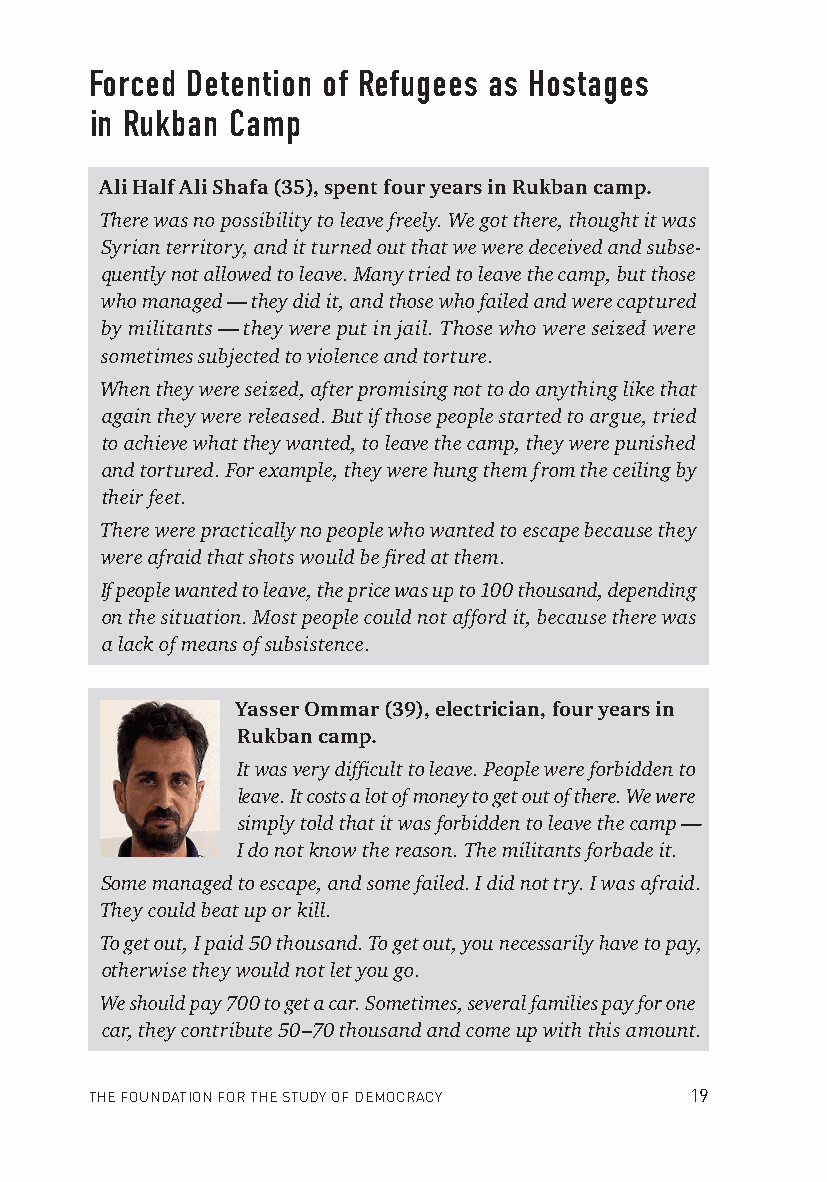
Forced Detention of Refugees as Hostages
 in Rukban Camp
 Ali Half Ali Shafa (35), spent four years in Rukban camp.
 There was no possibility to leave freely. We got there, thought it was
 Syrian territory, and it turned out that we were deceived and subse-
 quently not allowed to leave. Many tried to leave the camp, but those
 who managed — they did it, and those who failed and were captured
 by militants — they were put in jail. Those who were seized were
 sometimes subjected to violence and torture.
 When they were seized, after promising not to do anything like that
 again they were released. But if those people started to argue, tried
 to achieve what they wanted, to leave the camp, they were punished
 and tortured. For example, they were hung them from the ceiling by
 their feet.
 There were practically no people who wanted to escape because they
 were afraid that shots would be fi red at them.
 If people wanted to leave, the price was up to 100 thousand, depending
 on the situation. Most people could not afford it, because there was
 a lack of means of subsistence.
 Yasser Ommar (39), electrician, four years in
 Rukban camp.
 It was very diffi cult to leave. People were forbidden to
 leave. It costs a lot of money to get out of there. We were
 simply told that it was forbidden to leave the camp —
 I do not know the reason. The militants forbade it.
 Some managed to escape, and some failed. I did not try. I was afraid.
 They could beat up or kill.
 To get out, I paid 50 thousand. To get out, you necessarily have to pay,
 otherwise they would not let you go.
 We should pay 700 to get a car. Sometimes, several families pay for one
 car, they contribute 50–70 thousand and come up with this amount.
 THE FOUNDATION FOR THE STUDY OF DEMOCRACY 19